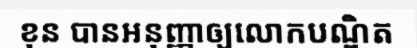
ខុន បានអនុញ្ញាឲ្យលោកបណ្ឌិត